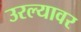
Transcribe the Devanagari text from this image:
उरल्यावर